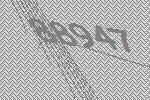
88947